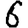
Digit: 6